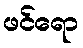
ဖင်ရော